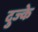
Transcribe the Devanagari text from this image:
दुज्के